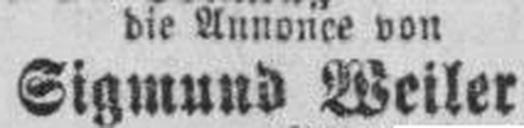
Sigmund Weiler